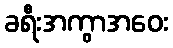
ခရီးအကွာအဝေး